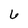
Character: 6